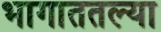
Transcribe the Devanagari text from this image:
भागाततल्या